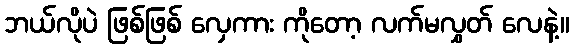
ဘယ်လိုပဲ ဖြစ်ဖြစ် လှေကား ကိုတော့ လက်မလွှတ် လေနဲ့။